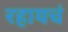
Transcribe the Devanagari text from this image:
रहायचं